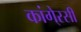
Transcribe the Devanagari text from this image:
कांगे्रसी